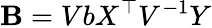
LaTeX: \mathbf{B}=VbX^{\top}V^{-1}Y